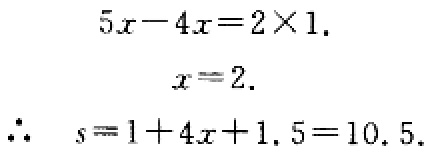
\[
\begin{align*}
5x - 4x&=2\times1.\\
x&=2.\\
\therefore s&=1 + 4x+1.5 = 10.5.
\end{align*}
\]